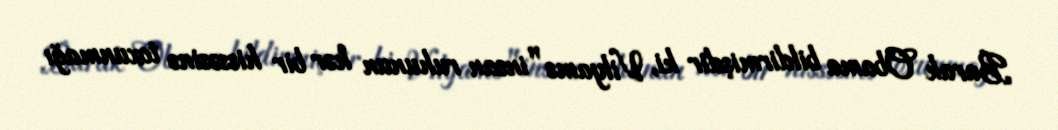
Barak Obama bildirmişdir ki, Vilyams "insan ruhunun hər bir hissəsinə toxunmağı